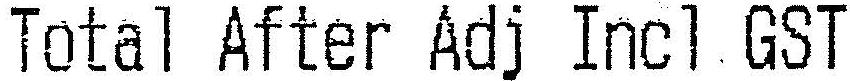
TOTAL AFTER ADJ INCL GST